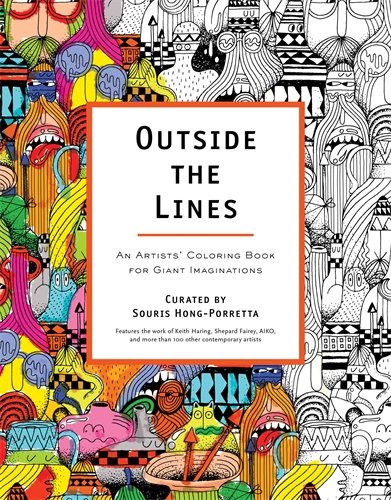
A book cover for Outside the Lines: An Artists' Coloring Book for Giant Imaginations; Souris Hong-Porretta; Humor & Entertainment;